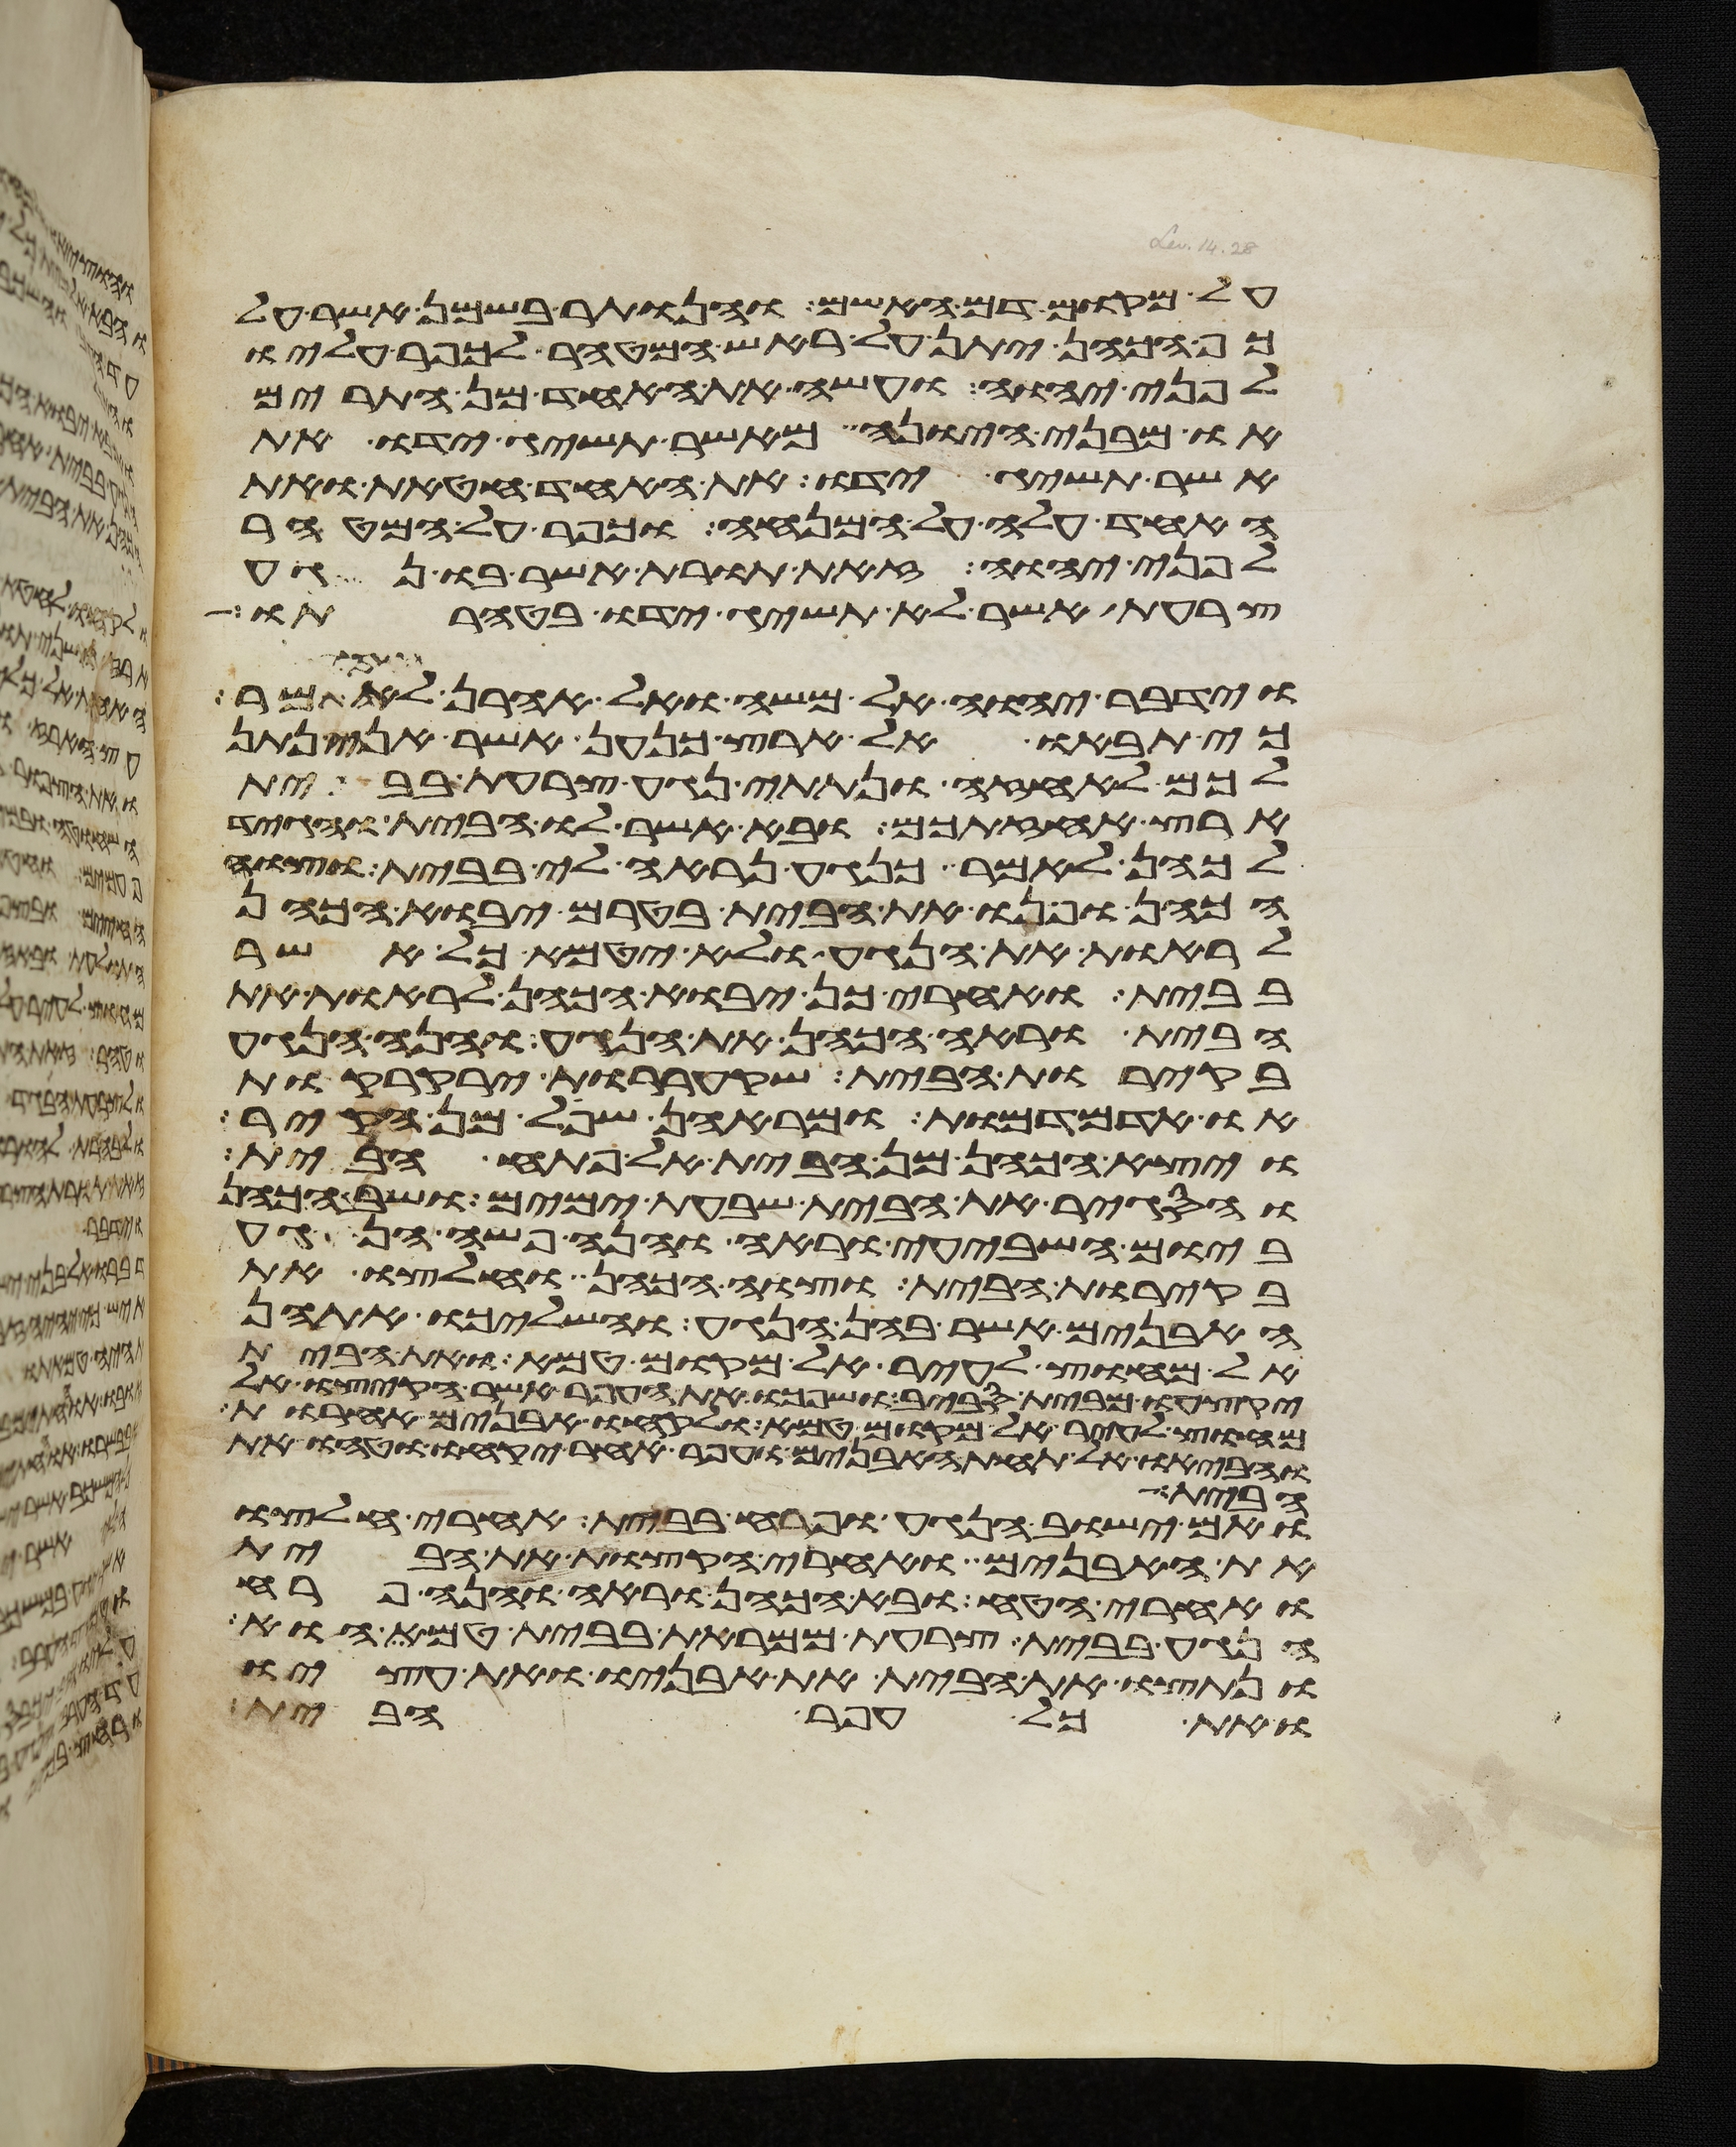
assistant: על מקום דם האשם והנותר בשמן אשר על
כף הכהן יתן על ראש המטהר לכפר עליו
לפני יהוה ועשה את האחד מן התרים
או מבני היונה מאשר תשיג ידו את
אשר תשיג ידו את האחד חטאת ואת
האחד עלה על המנחה וכפר על המטהר
לפני יהוה זאת תורת אשר בו נגע
צרעת אשר לא תשיג ידו בטהרתו
וידבר יהוה אל משה ואל אהרן לאמר
כי תבאו אל ארץ כנען אשר אני נתן
לכם לאחזה ונתתי נגע צרעת בבית
ארץ אחזתכם ובא אשר לו הבית והגיד
לכהן לאמר כנגע נראה לי בבית וצוה
הכהן ופנו את הבית בטרם יבוא הכהן
לראות את הנגע ולא יטמא כל אשר
בבית ואחרי כן יבוא הכהן לראות את
הבית וראה הכהן את הנגע והנה הנגע
בקירות הבית שקעררות ירקרקות
או אדמדמות ומראהן שפל מן הקיר
ויצא הכהן מן הבית אל פתח הבית
והסגיר את הבית שבעת ימים ושב הכהן
ביום השביעי וראה והנה פשה הנגע
בקירות הבית וצוה הכהן וחלצו את
האבנים אשר בהן הנגע והשליכו אתהן
אל מחוץ לעיר אל מקום טמא ואת הבית
יקצעו מבית סביב ושפכו את העפר אשר הקיצו אל
מחוץ לעיר אל מקום טמא ולקחו אבנים אחרות
והביאו אל תחת האבנים ועפר אחר יקחו וטחו את
הבית
ואם ישוב הנגע ופרח בבית אחרי חלצו
את האבנים ואחרי הקצות את הבית
ואחרי הטח ובא הכהן וראה והנה פרח
הנגע בבית צרעת ממראת בבית טמא הוא
ונתצו את הבית את אבניו ואת עציו
ואת כל עפר הבית